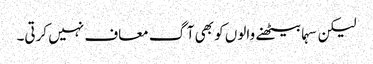
لیکن سہما بیٹھنے والوں کو بھی آگ معاف نہیں کرتی۔